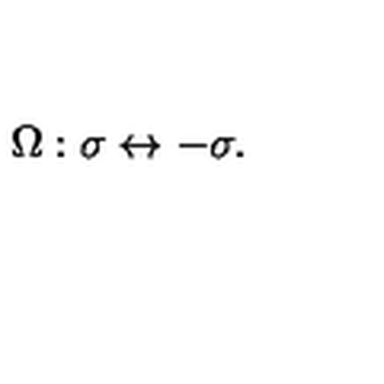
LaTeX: \Omega : \sigma \leftrightarrow - \sigma .